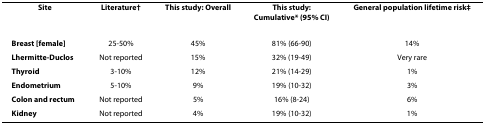
<table><thead><tr><td><b>Site</b></td><td><b>Literature†</b></td><td><b>This study: Overall</b></td><td><b>This study: Cumulative* (95% CI)</b></td><td><b>General population lifetime risk‡</b></td></tr></thead><tbody><tr><td><b>Breast [female]</b></td><td>25-50%</td><td>45%</td><td>81% (66-90)</td><td>14%</td></tr><tr><td><b>Lhermitte-Duclos</b></td><td>Not reported</td><td>15%</td><td>32% (19-49)</td><td>Very rare</td></tr><tr><td><b>Thyroid</b></td><td>3-10%</td><td>12%</td><td>21% (14-29)</td><td>1%</td></tr><tr><td><b>Endometrium</b></td><td>5-10%</td><td>9%</td><td>19% (10-32)</td><td>3%</td></tr><tr><td><b>Colon and rectum</b></td><td>Not reported</td><td>5%</td><td>16% (8-24)</td><td>6%</td></tr><tr><td><b>Kidney</b></td><td>Not reported</td><td>4%</td><td>19% (10-32)</td><td>1%</td></tr></tbody></table>